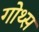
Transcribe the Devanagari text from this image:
गोथ्स